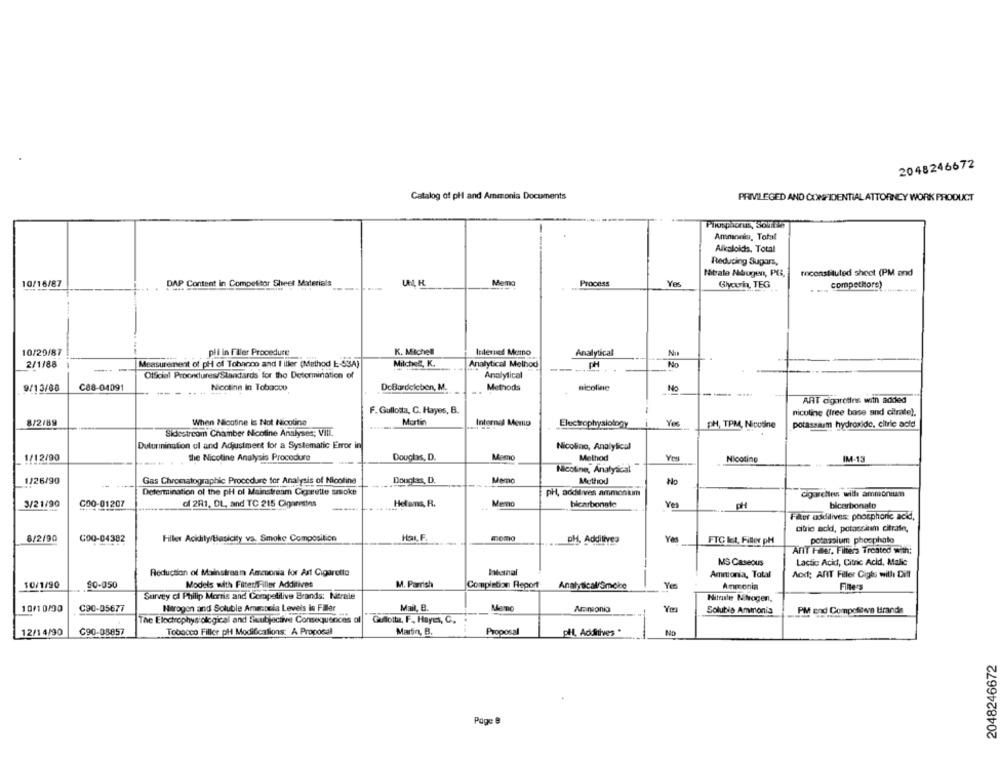
2048246672
Catalog of pH and Ammonia Documents
PRIVILEGED AND CONFIDENTIAL ATTORNEY WORK PRODUCT
Phosphorus, Solle
Ammonia, Total
Alkaloids, Total
Reducing Sugars,
Nitrate Akbrugen, PU,
fhconstituted sheet (PM and
UL H
Mem
ProCOSS
10/16/87
DAP Content in Competitor Sheet Materials
Glowin, TEG
competitore)
pli in filer Procedure
K. Mitchell
Nu
10/29/87
Analytical
2/1/88
Measurement of pH of Tohanno and I iller (Method E-53A)
Milchel. K.
Analytical Method
PH
No
Official Procedures/Slankcards for the Determination of
Analytical
9/13/88
C88-04091
Nicotine In Tobacco
DeBardeleben, M.
Methods
nicoline
No
----
----
ART cigaretins with added
F. Gullotta, C. Hayes, B.
nicotine (free base and citrate).
8/2/89
When Nicotine is Not Nicotine
Martin
Internal Memo
Electrophysiology
Yes
pH, TPM, Nicotine
potassium hydroxide, citric acid
Sidestrcom Chamber Nicotine Analyses; Vill.
Duturmination ol and Adjustment for a Systematic Error in
Nicolino, Analytical
1/12/90
the Nicotine Analysis Procedure
Doughs, D.
Mamo
Method
Nicotine
M-13
Nicotine, Analyscal
1/26/90
Gas Chromatographic Procedure for Analysis of Nicoline
Douglas, D.
Memo
Method
No
Determination of the pH ol Mainstream Cigarette smoke
pH, addilives ammonium
cigarettes will ammonium
3/21/90
COO-01207
of 2R1, DL, and TC 215 Cigarettes
Hefans, R.
--
hicarbonate
Ye
CH
bicarbonate
Filter addilives: phosphoric acid,
citric acid, potassium citrate,
8/2/90
C00-04382
Filler Acidity/Basicity va. Smoke Composition
Har, F.
PH. Additives
Yes
FTC Ict, Fitter pH
potassium phosphate
Ant Heer, Filters Treated with:
MS Caseous
Lactic Acid, Citric Acid, Malic
Itemnal
Reduction of Mainstream Amazonia for Art Cigarette
Ammonia, Total
Aod: ANT Filler Cigts willi Dill
10/1/90
90-050
Models with Filter Filler Additives
M. Parrish
Completion Report
Analytical Smoke
Yes
Ammonia
Filters
Survey cl Philip Morris and Competitive Brands: Nerale
Nitrasle Nivogen,
10/1 0/90
C90-05677
Harogen and Soluble AmeDela Levels in Filer
Mail, B.
Memo
Solubis Ammonia
PM end Competitive Brands
The Electrophysiological and Sixubjactive Consequences of
Gullotta, F, Hayes, C.
12/14/90
C90-08857
Tobacco Filler pH Modifications: A Proposal
Martin, B.
Proposal
pH, Additives *
No
2048246672
Page